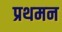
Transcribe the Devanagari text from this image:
प्रथमन